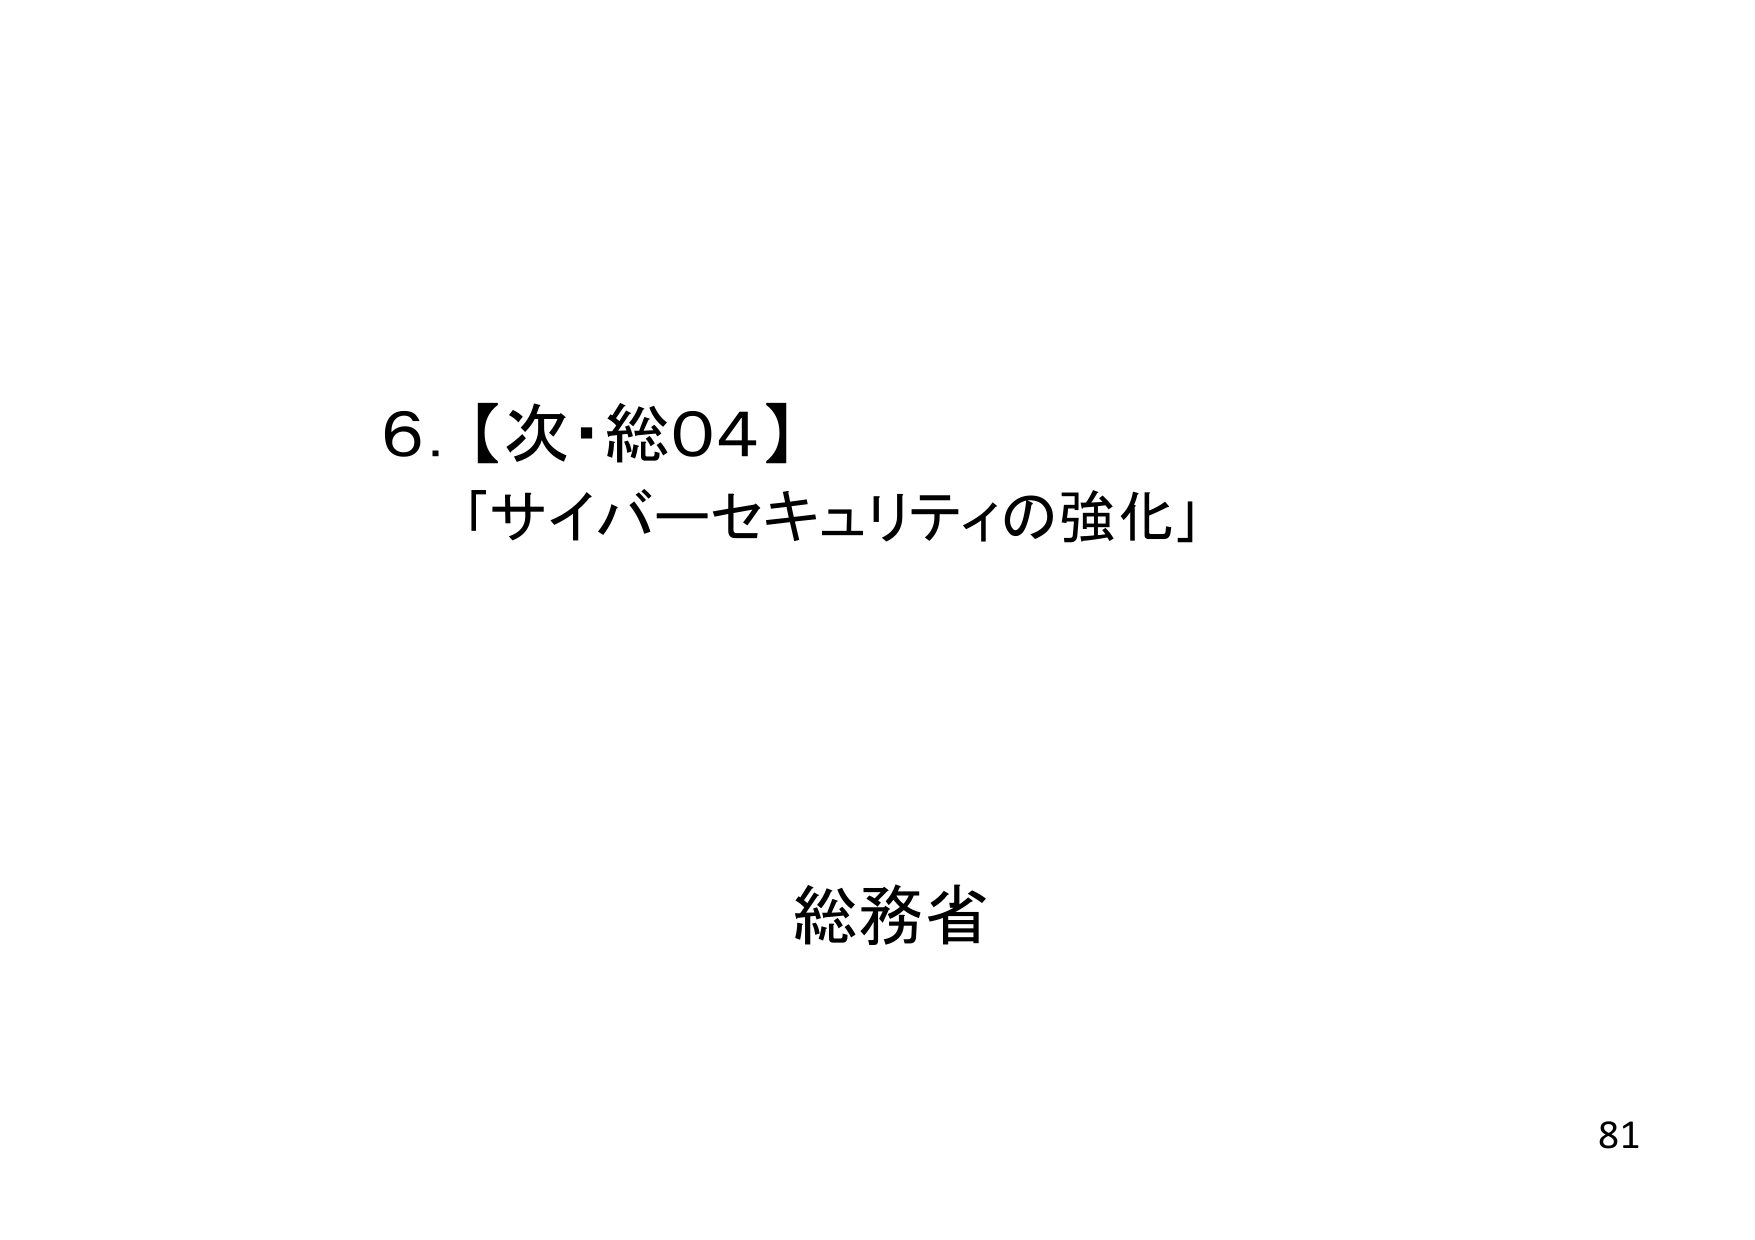
6.【次・総04】
「サイバーセキュリティの強化」

総務省

81